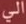
الى